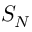
S _ { N }